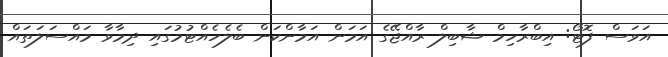
އަވަސް ފޮޓޯ: އިބްރާހިމް ޝާބިލް ރާއްޖޭގެ އަމަން އަމާންކަން ބެލެހެއްޓުމުގައި ދިމާވާ މައްސަލަތައް